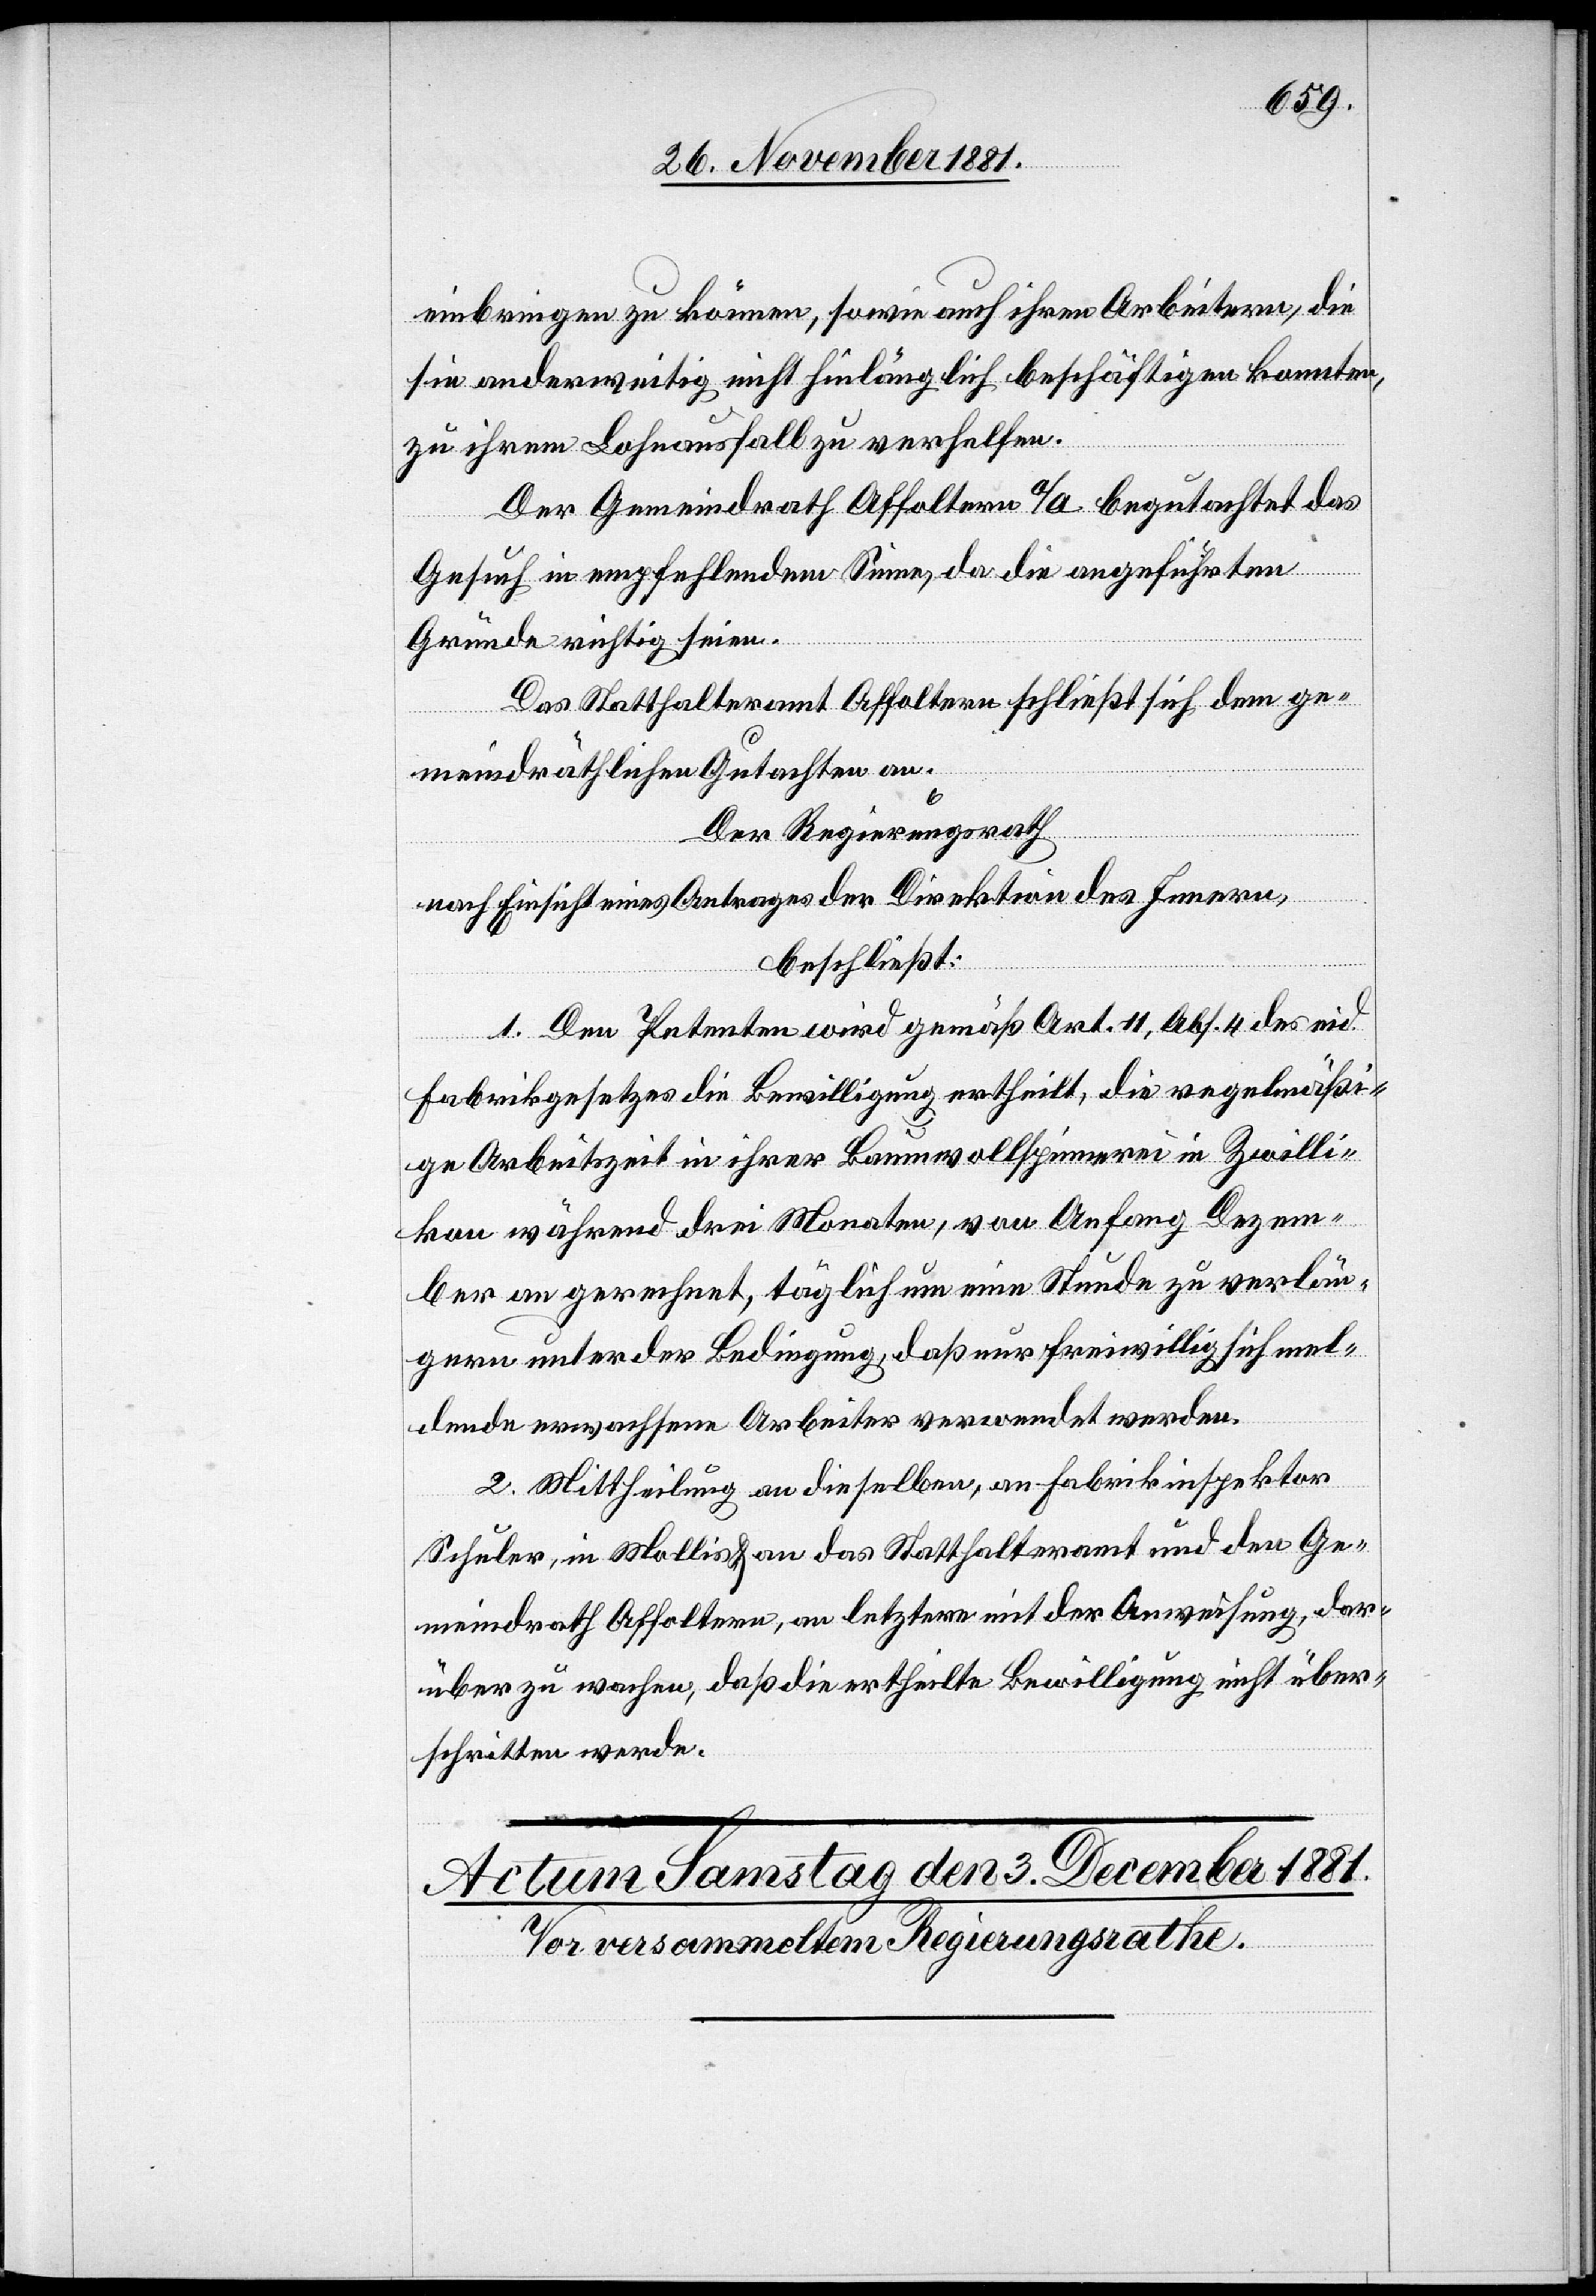
einbringen zu können, sowie auch ihren Arbeitern, die
sie anderweitig nicht hinlänglich beschäftigen konnten,
zu ihrem Lohnausfall zu verhelfen.
Der Gemeindrath Affoltern a/A begutachtet das
Gesuch in empfehlendem Sinne, da die angeführten
Gründe richtig seien.
Das Statthalteramt Affoltern schließt sich dem ge¬
meindräthlichen Gutachten an.
Der Regierungsrath,
nach Einsicht eines Antrages der Direktion des Innern,
beschließt:
1. Den Petenten wird gemäß Art. 11, Abs. 4 des eid.
Fabrikgesetzes die Bewilligung ertheilt, die regelmäßi¬
ge Arbeitszeit in ihrer Baumwollspinnerei in Zwilli¬
kon während drei Monaten, von Anfang Dezem¬
ber an gerechnet, täglich um eine Stunde zu verlän¬
gern unter der Bedingung, daß nur freiwillig sich mel¬
dende erwachsene Arbeiter verwendet werden.
2. Mittheilung an dieselben, an Fabrikinspektor
Schuler, in Mollis & an das Statthalteramt und den Ge¬
meindrath Affoltern, an letztere mit der Anweisung, dar¬
über zu wachen, daß die ertheilte Bewilligung nicht über¬
schritten werde.